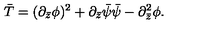
\bar { T } = ( \partial _ { \bar { z } } \phi ) ^ { 2 } + \partial _ { \bar { z } } \bar { \psi } \bar { \psi } - \partial _ { \bar { z } } ^ { 2 } \phi .